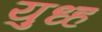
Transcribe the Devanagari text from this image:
युध्ह